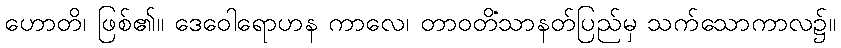
ဟောတိ၊ ဖြစ်၏။ ဒေဝေါရောဟန ကာလေ၊ တာဝတိံသာနတ်ပြည်မှ သက်သောကာလ၌။